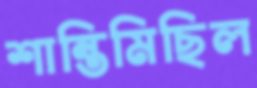
শান্তিমিছিল